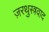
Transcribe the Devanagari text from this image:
ज़रथुस्त्रवाद